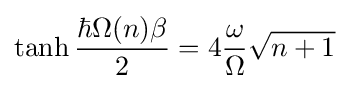
\tanh {\frac {\hbar \Omega (n)\beta }{2}}=4{\frac {\omega }{\Omega }}{\sqrt {n+1}}